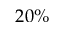
2 0 \%